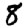
Digit: 8